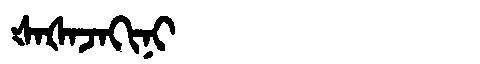
Manchu: ᡧᠠᡧᠠᠵᠠᡴᡳᠨᡳ
Romanization: ŠAŠAJAKINI